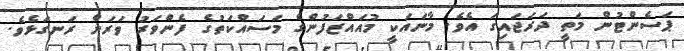
ޕަސެންޓުން މަތީ ދަރަޖައިގަ އެވެ. މާނައަކީ މުއައްޒަފުންގެ މަސައްކަތުގެ ފެންވަރު ވަރަށް ރަނގަޅެވެ.